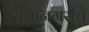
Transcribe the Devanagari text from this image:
राधानगरीचे